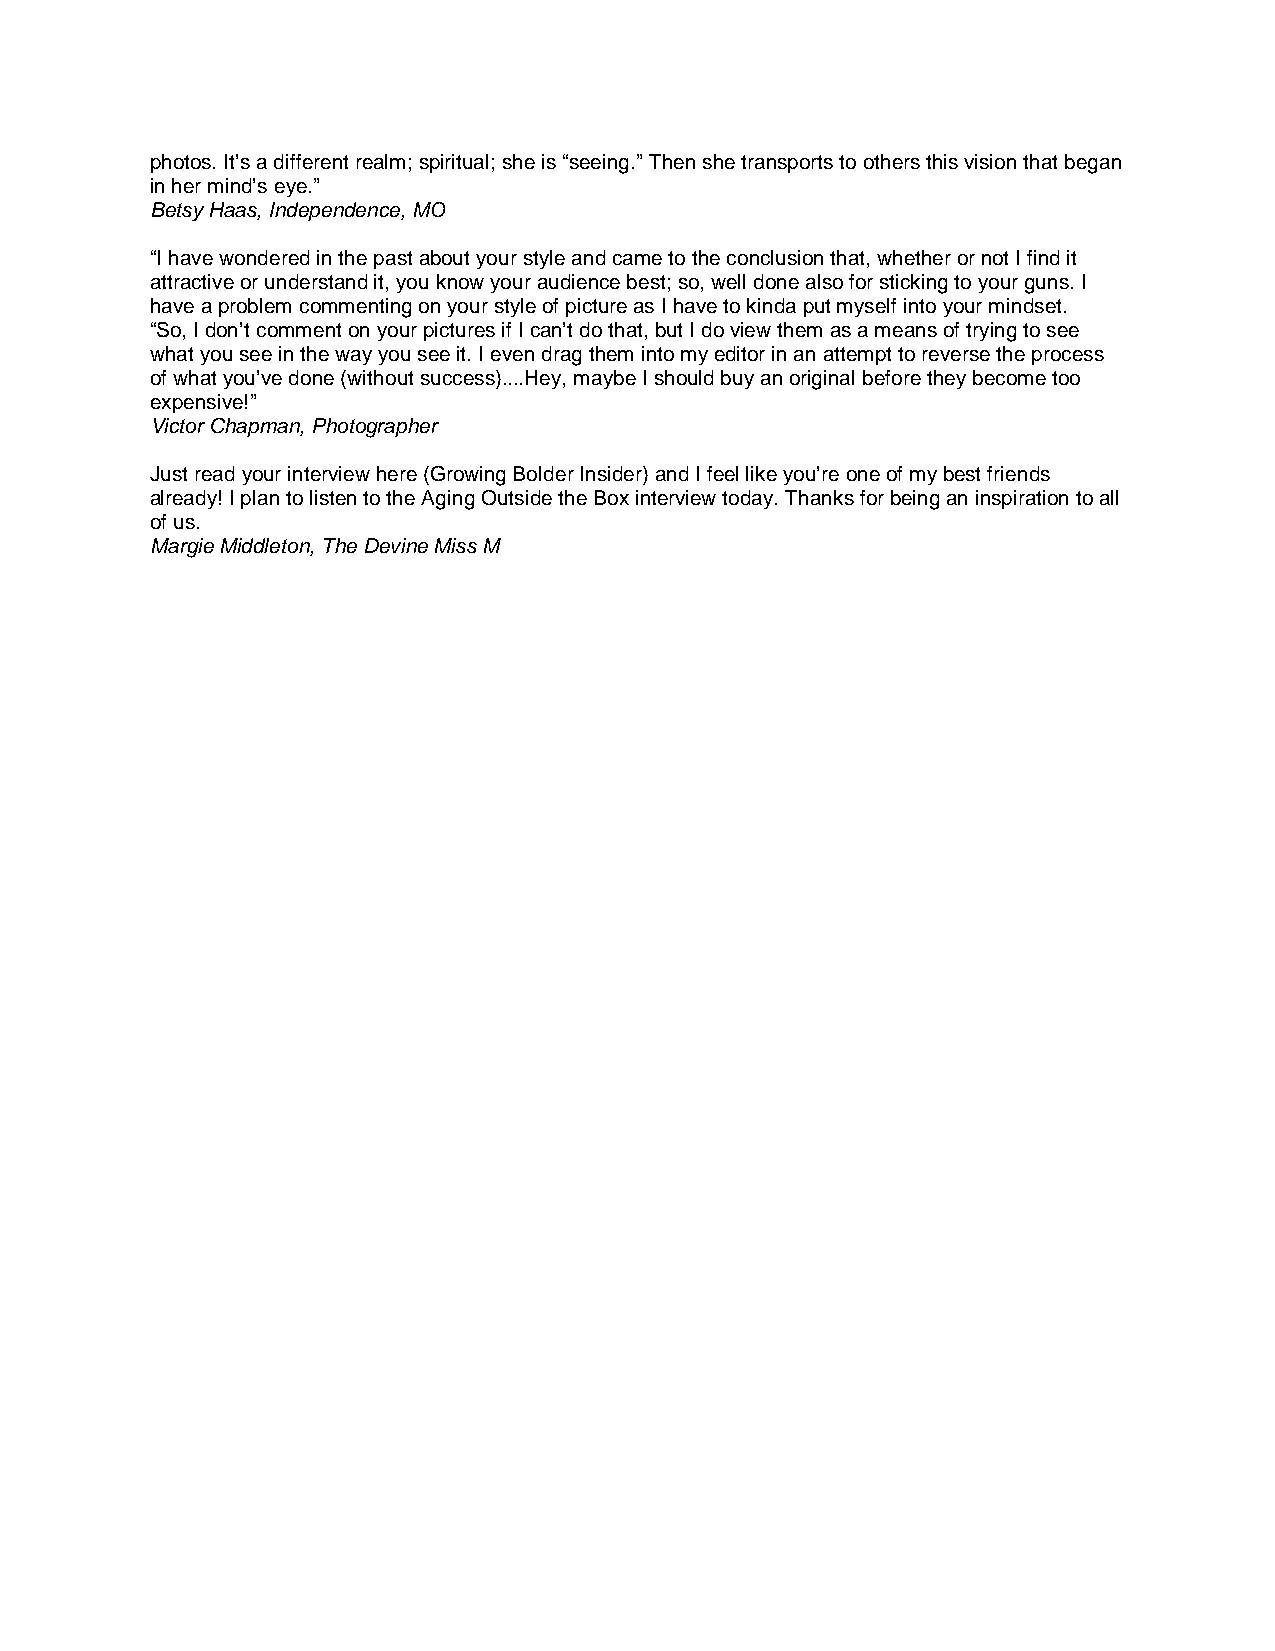
photos. It’s a different realm; spiritual; she is “seeing.” Then she transports to others this vision that began
 in her mind’s eye.”
 Betsy Haas, Independence, MO
 “I have wondered in the past about your style and came to the conclusion that, whether or not I find it
 attractive or understand it, you know your audience best; so, well done also for sticking to your guns. I
 have a problem commenting on your style of picture as I have to kinda put myself into your mindset.
 “So, I don’t comment on your pictures if I can’t do that, but I do view them as a means of trying to see
 what you see in the way you see it. I even drag them into my editor in an attempt to reverse the process
 of what you’ve done (without success)....Hey, maybe I should buy an original before they become too
 expensive!”
 Victor Chapman, Photographer
 Just read your interview here (Growing Bolder Insider) and I feel like you’re one of my best friends
 already! I plan to listen to the Aging Outside the Box interview today. Thanks for being an inspiration to all
 of us.
 Margie Middleton, The Devine Miss M